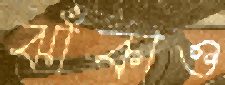
ঝাঁকাও